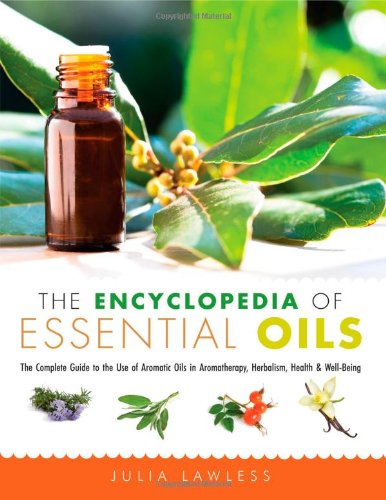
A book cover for The Encyclopedia of Essential Oils: The Complete Guide to the Use of Aromatic Oils In Aromatherapy, Herbalism, Health, and Well Being; Julia Lawless; Health, Fitness & Dieting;